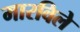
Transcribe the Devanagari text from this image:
मारविले